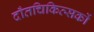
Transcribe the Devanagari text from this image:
दाँतचिकित्सकों